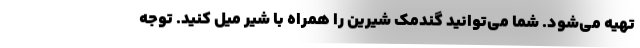
تهیه می‌شود. شما می‌توانید گندمک شیرین را همراه با شیر میل کنید. توجه